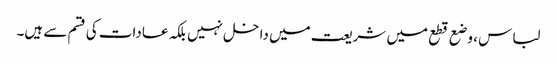
لباس ، وضع قطع میں شریعت میں داخل نہیں بلکہ عادات کی قسم سے ہیں۔